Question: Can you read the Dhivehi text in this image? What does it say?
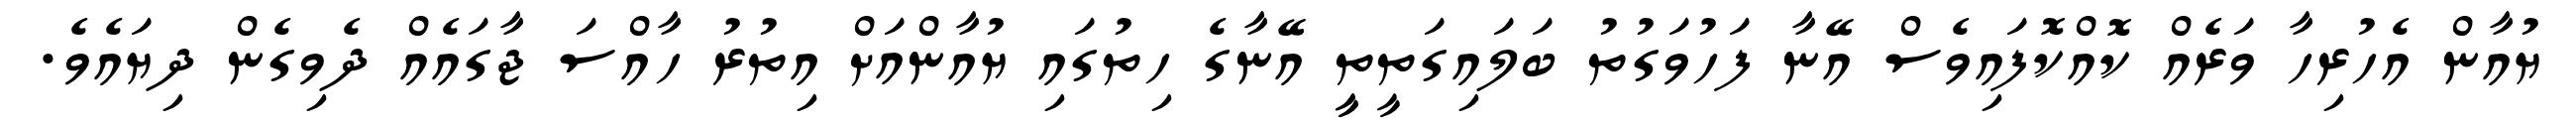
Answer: ޔުއާން އެހުރިހާ ވަރެއް ކޮއްކޮފައިވެސް އޭނާ ފަހުވަގުތު ބަލައިގަތީތީީ އޭނާގެ ހިތުގައި ޔުއާންއަށް އިތުރު ހާއްސަ ޖާގައެއް ދެވިގެން ދިޔައެވެ.